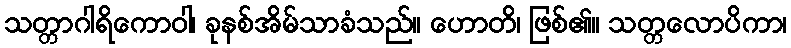
သတ္တာဂါရိကောဝါ၊ ခုနစ်အိမ်သာခံသည်။ ဟောတိ၊ ဖြစ်၏။ သတ္တလောပိကာ၊